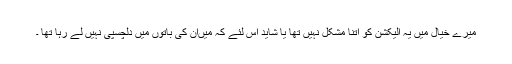
میرے خیال میں یہ الیکشن کو اتنا مشکل نہیں تھا یا شاید اس لئے کہ میںان کی باتوں میں دلچسپی نہیں لے رہا تھا ۔